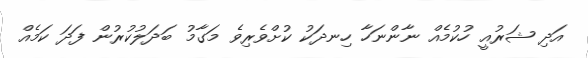
އަދި ޝަރުއީ ހުކުމެއް ނާންނަހާ ހިނދަކު ކުށްވެރިވެ މަގާމު ބަދަލުކުރުން ފަދަ ކަމެއް